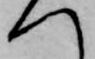
へ